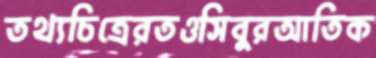
তথ্যচিত্রেরতওসিবুরআতিক